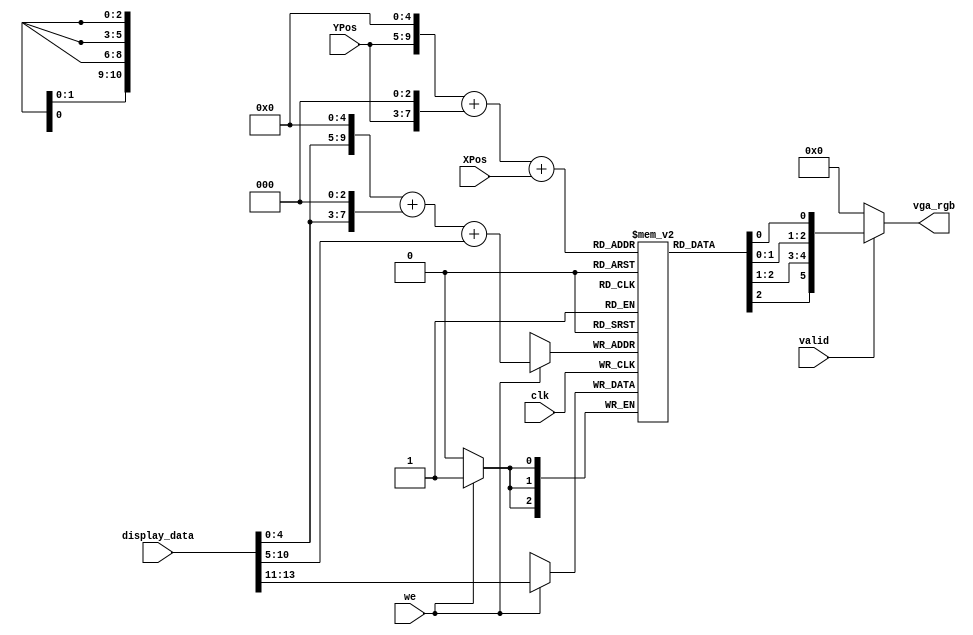
module mips_display (
    input clk,

    input [13:0] display_data,
    input we,

    input [5:0] XPos,
    input [4:0] YPos,
    input valid, 

    output wire [5:0] vga_rgb
);

    reg [2:0] block_colors [2047:0];

    wire [2:0] color = display_data[13:11];

    wire [5:0] block_x_write = display_data[10:5];
    wire [4:0] block_y_write = display_data[4:0];
    
    wire [10:0] read_addr = {YPos, 5'b0} + {YPos, 3'b0} + XPos;

    wire [10:0] write_addr = {block_y_write, 5'b0} + {block_y_write, 3'b0} + block_x_write;

    always @(posedge clk) begin
        if (we)
            block_colors[write_addr] <= color;
    end

    wire [2:0] out_color = block_colors[read_addr];

    assign vga_rgb = valid ? {{2{out_color[2]}}, {2{out_color[1]}}, {2{out_color[0]}}} : 6'd0;

endmodule